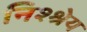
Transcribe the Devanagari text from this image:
निश्श्रेय